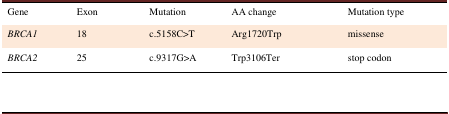
<table><thead><tr><td><b>Gene</b></td><td><b>Exon</b></td><td><b>Mutation </b></td><td><b>AA change</b></td><td><b>Mutation type</b></td></tr></thead><tbody><tr><td><i>BRCA1</i></td><td>18</td><td>c.5158C&gt;T</td><td>Arg1720Trp</td><td>missense </td></tr><tr><td><i>BRCA2</i></td><td>25</td><td>c.9317G&gt;A</td><td>Trp3106Ter</td><td>stop codon</td></tr></tbody></table>